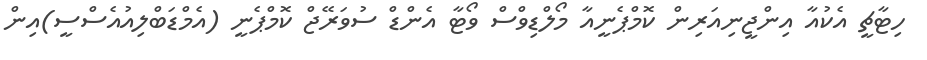
ހިޓާޗީ އެކުއާ އިންޖީނިއަރިން ކޮމްޕެނީއާ މޯލްޑިވްސް ވޯޓާ އެންޑް ސުވަރޭޖް ކޮމްޕެނީ (އެމްޑަބްލިއުއެސްސީ)އިން